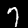
Digit: 7